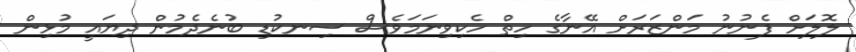
ލޮލަށް ފެނުނު މަންޒަރަށް އޭނާގެ ހިތް ހެކިވިނަމަވެސް ސިނކުޑި ބުނެދެމުން ދިޔައީ މުޅިން